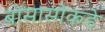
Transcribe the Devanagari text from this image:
बोसासोकडे